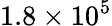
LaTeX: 1.8\times 10^{5}